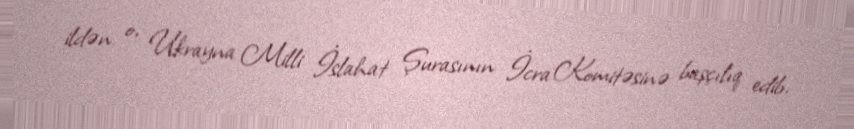
ildən o, Ukrayna Milli İslahat Şurasının İcra Komitəsinə başçılıq edib.